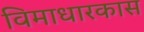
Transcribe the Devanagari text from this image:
विमाधारकास